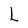
Character: L